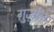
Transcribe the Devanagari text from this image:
ग़ुज़्मेन